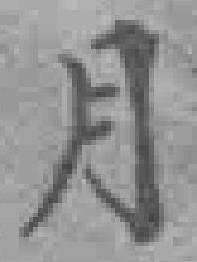
月